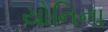
યોનિના